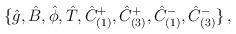
LaTeX: \begin{align*}\{\hat{g},\hat{B},\hat{\phi},\hat{T}, \hat{C}^{+}_{(1)},\hat{C}^{+}_{(3)},\hat{C}^{-}_{(1)},\hat{C}^{-}_{(3)}\}\, ,\end{align*}